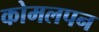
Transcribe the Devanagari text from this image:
कोमलपन